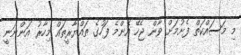
މި މަސައްކަތް ފެށުމަށް ވާން ޖެހޭ އެންމެ ފަހުގެ ތައްޔާރީތައް މިހާރު އަންނަނީ